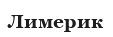
Лимерик